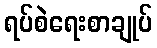
ရပ်စဲရေးစာချုပ်